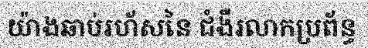
យ៉ាងឆាប់រហ័សនៃ ជំងឺរលាកប្រព័ន្ធ